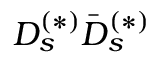
D _ { s } ^ { ( * ) } \bar { D } _ { s } ^ { ( * ) }